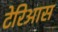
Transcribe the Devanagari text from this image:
टेरिआस